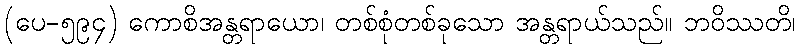
(ပေ-၅၉၄) ကောစိအန္တရာယော၊ တစ်စုံတစ်ခုသော အန္တရာယ်သည်။ ဘဝိဿတိ၊